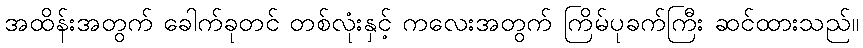
အထိန်းအတွက် ခေါက်ခုတင် တစ်လုံးနှင့် ကလေးအတွက် ကြိမ်ပုခက်ကြီး ဆင်ထားသည်။